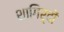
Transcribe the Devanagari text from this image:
शागिर्दों